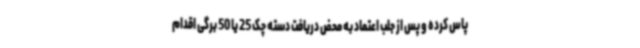
پاس کرده و پس از جلب اعتماد به محض دریافت دسته چک 25 یا 50 برگی اقدام